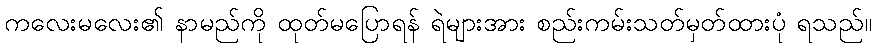
ကလေးမလေး၏ နာမည်ကို ထုတ်မပြောရန် ရဲများအား စည်းကမ်းသတ်မှတ်ထားပုံ ရသည်။